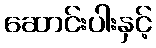
ဆောင်းပါးနှင့်